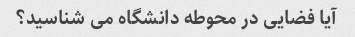
آیا فضایی در محوطه دانشگاه می شناسید؟